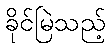
ခိုင်မြဲသည့်